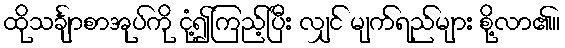
ထိုသင်္ချာစာအုပ်ကို ငုံ့၍ကြည့်ပြီး လျှင် မျက်ရည်များ စို့လာ၏။